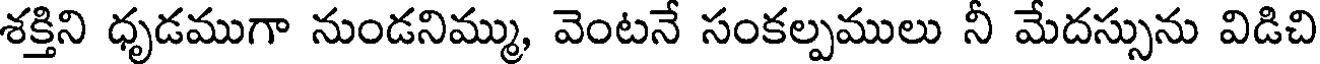
శక్తిని ధృడముగా నుండనిమ్ము, వెంటనే సంకల్పములు నీ మేదస్సును విడిచి